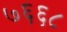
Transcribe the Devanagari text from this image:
७६६८